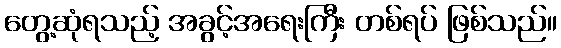
တွေ့ဆုံရသည့် အခွင့်အရေးကြီး တစ်ရပ် ဖြစ်သည်။